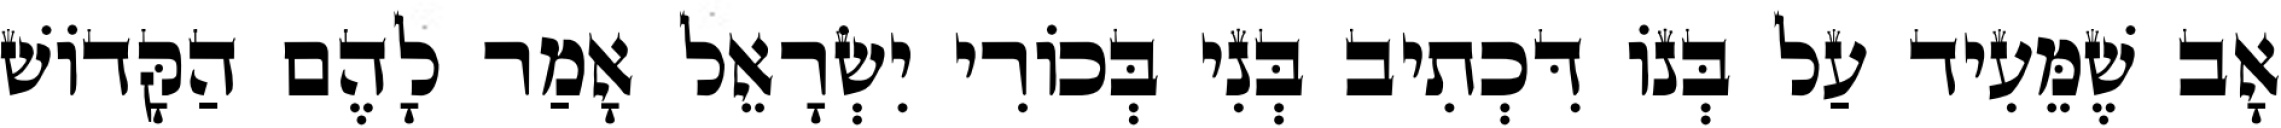
אָב שֶׁמֵּעִיד עַל בְּנוֹ דִּכְתִיב בְּנִי בְּכוֹרִי יִשְׂרָאֵל אָמַר לָהֶם הַקָּדוֹשׁ